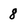
Character: 8